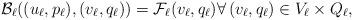
LaTeX: \begin{align*} \mathcal{B}_\ell((u_\ell,p_\ell),(v_\ell,q_\ell)) = \mathcal{F}_\ell(v_\ell,q_\ell) \forall \, (v_\ell,q_\ell) \in V_\ell \times Q_\ell,\end{align*}